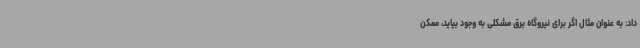
داد: به عنوان مثال اگر برای نیروگاه برق مشکلی به وجود بیاید، ممکن